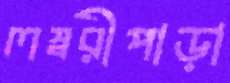
লম্বরীপাড়া